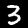
Digit: 3